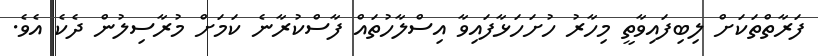
ފަރާތްތަކަށް ލިބިފައިވާތީ މިހާރު ހުށަހަޅާފައިވާ އިސްލާހުތައް ފާސްކުރާނެ ކަމަށް މުރާސިލުން ދެކެ އެވެ.